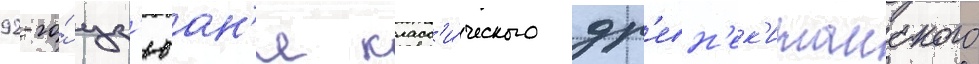
92-го́ цз'юан'я класс'и́ческого др'евн'ек'итаиского